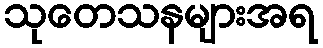
သုတေသနများအရ